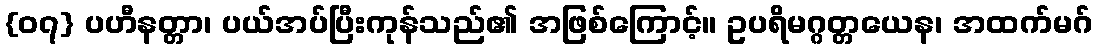
{၀၇} ပဟီနတ္တာ၊ ပယ်အပ်ပြီးကုန်သည်၏ အဖြစ်ကြောင့်။ ဥပရိမဂ္ဂတ္တယေန၊ အထက်မဂ်